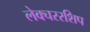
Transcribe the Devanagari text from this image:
लेक्चररशिप